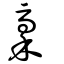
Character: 藳